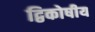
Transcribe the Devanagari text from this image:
द्विकोषीय